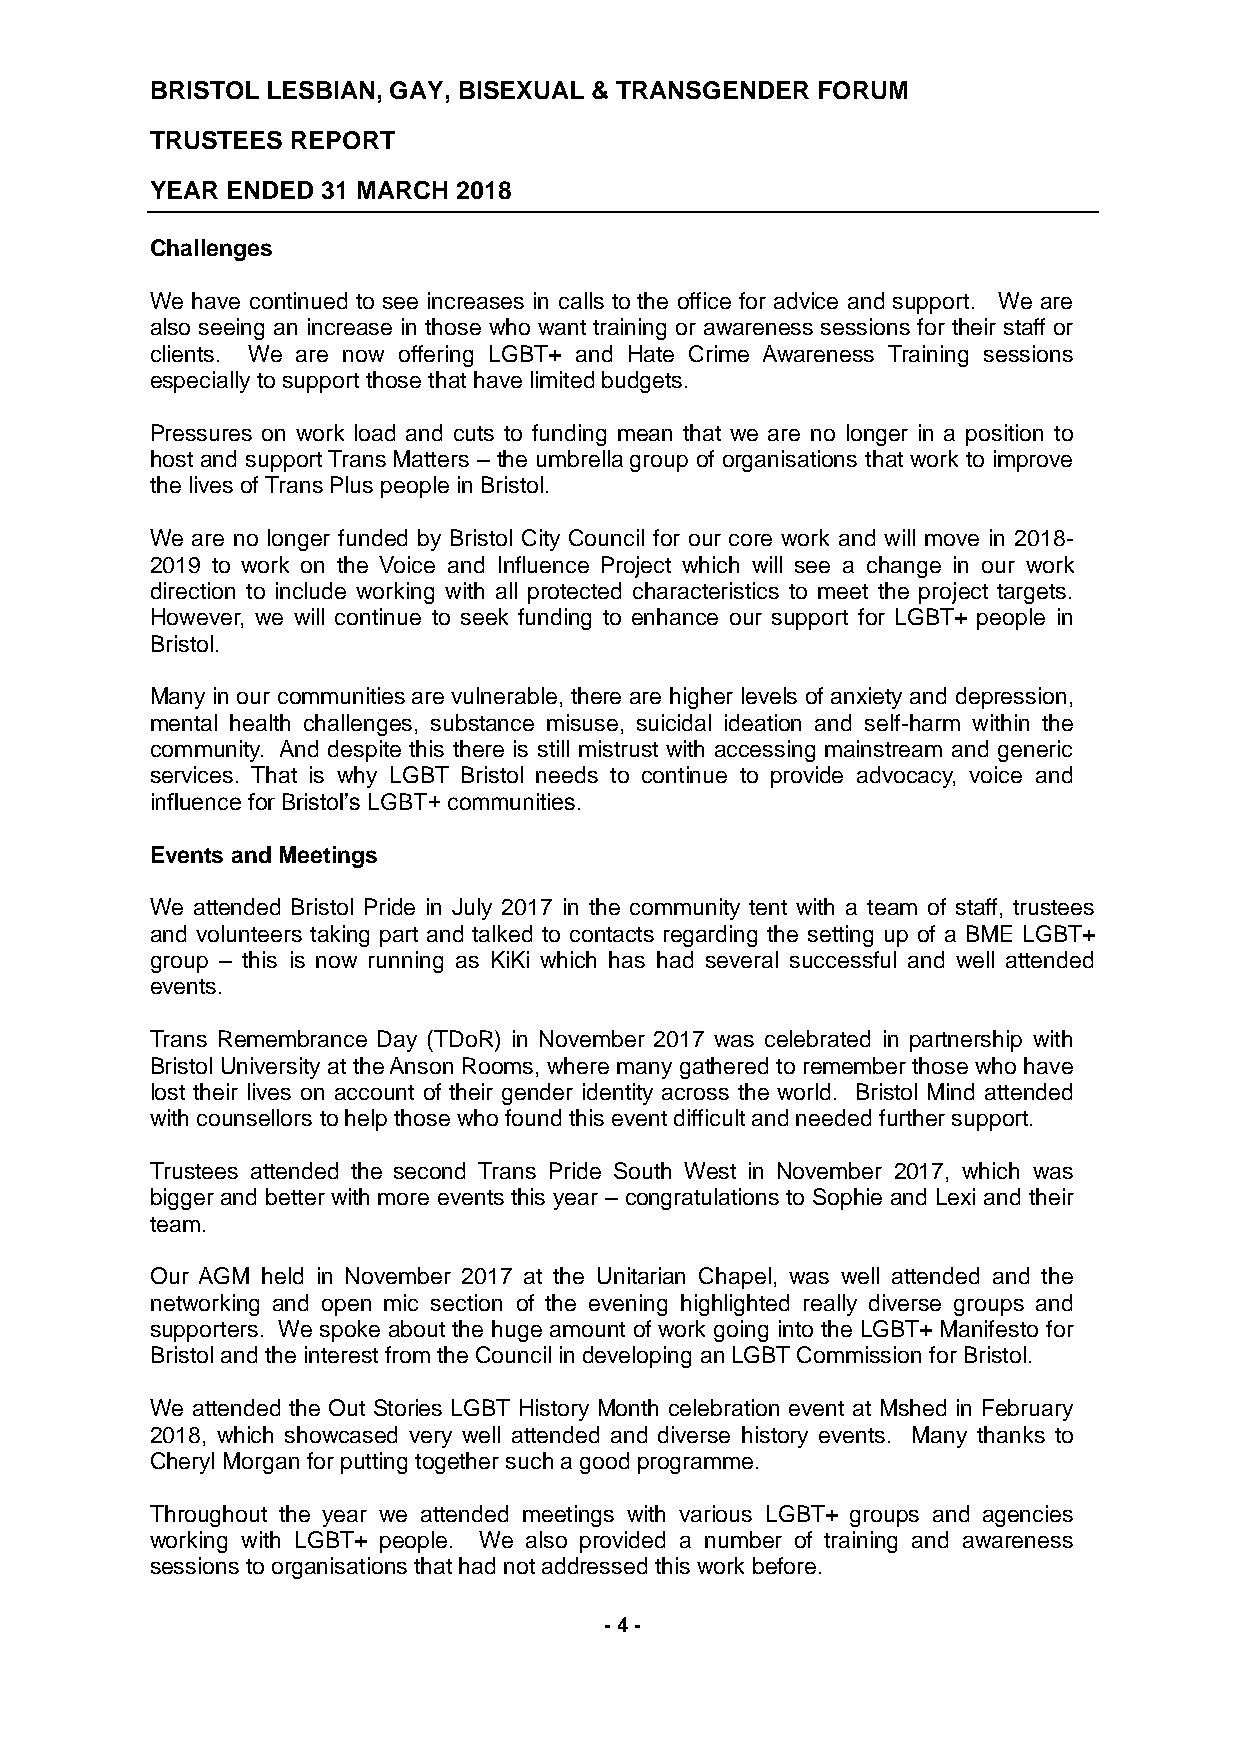
BRISTOL LESBIAN, GAY, BISEXUAL & TRANSGENDER FORUM
 TRUSTEES REPORT
 YEAR ENDED 31 MARCH 2018
 Challenges
 We have continued to see increases in calls to the office for advice and support. We are
 also seeing an increase in those who want training or awareness sessions for their staff or
 clients. We are now offering LGBT+ and Hate Crime Awareness Training sessions
 especially to support those that have limited budgets.
 Pressures on work load and cuts to funding mean that we are no longer in a position to
 host and support Trans Matters – the umbrella group of organisations that work to improve
 the lives of Trans Plus people in Bristol.
 We are no longer funded by Bristol City Council for our core work and will move in 2018-
 2019 to work on the Voice and Influence Project which will see a change in our work
 direction to include working with all protected characteristics to meet the project targets.
 However, we will continue to seek funding to enhance our support for LGBT+ people in
 Bristol.
 Many in our communities are vulnerable, there are higher levels of anxiety and depression,
 mental health challenges, substance misuse, suicidal ideation and self-harm within the
 community. And despite this there is still mistrust with accessing mainstream and generic
 services. That is why LGBT Bristol needs to continue to provide advocacy, voice and
 influence for Bristol’s LGBT+ communities.
 Events and Meetings
 We attended Bristol Pride in July 2017 in the community tent with a team of staff, trustees
 and volunteers taking part and talked to contacts regarding the setting up of a BME LGBT+
 group – this is now running as KiKi which has had several successful and well attended
 events.
 Trans Remembrance Day (TDoR) in November 2017 was celebrated in partnership with
 Bristol University at the Anson Rooms, where many gathered to remember those who have
 lost their lives on account of their gender identity across the world. Bristol Mind attended
 with counsellors to help those who found this event difficult and needed further support.
 Trustees attended the second Trans Pride South West in November 2017, which was
 bigger and better with more events this year – congratulations to Sophie and Lexi and their
 team.
 Our AGM held in November 2017 at the Unitarian Chapel, was well attended and the
 networking and open mic section of the evening highlighted really diverse groups and
 supporters. We spoke about the huge amount of work going into the LGBT+ Manifesto for
 Bristol and the interest from the Council in developing an LGBT Commission for Bristol.
 We attended the Out Stories LGBT History Month celebration event at Mshed in February
 2018, which showcased very well attended and diverse history events. Many thanks to
 Cheryl Morgan for putting together such a good programme.
 Throughout the year we attended meetings with various LGBT+ groups and agencies
 working with LGBT+ people. We also provided a number of training and awareness
 sessions to organisations that had not addressed this work before.
 - 4 -